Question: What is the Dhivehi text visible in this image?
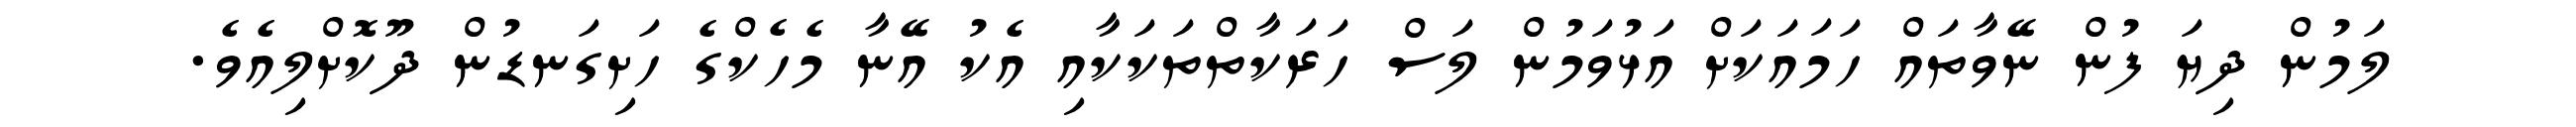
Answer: ލަމުން ދިޔަ ފުން ނޭވާތައް ހަމައަކަށް އަޅުވަމުން ލަސް ހަރަކާތްތަކަކާއި އެކު އޭނާ މެހެކްގެ ހަށިގަނޑުން ދޫކޮށްލިއެވެ.